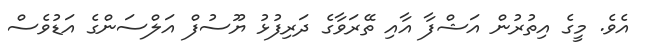
އެވެ. މީގެ އިތުރުން އަޝްފާ އާއި ތޭރަވާގެ ދަރިފުޅު ޔޫސުފް އަލްސަންގެ އަޑުވެސް